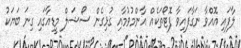
ލާފައި އޮއްވާ ނަގާފައިވާ ފޮޓޯތަކެއް އާންމުވުމާއި ގުޅިގެން ސޯޝަލް މީޑިއާގައި ގިނަ ބަޔަކު